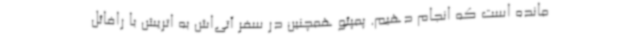
مانده است که انجام دهیم. پمپئو همچنین در سفر آتی‌اش به اتریش با رافائل